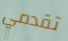
تقدمي